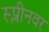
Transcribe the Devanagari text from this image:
स्प्लीनवर